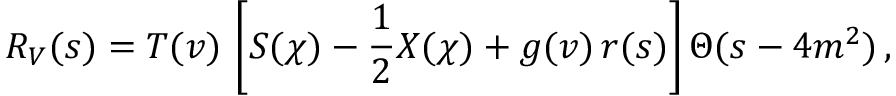
{ \cal { R } } _ { V } ( s ) = T ( v ) \, \left[ S ( \chi ) - \frac { 1 } { 2 } X ( \chi ) + g ( v ) \, r ( s ) \right] \Theta ( s - 4 m ^ { 2 } ) \, ,